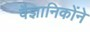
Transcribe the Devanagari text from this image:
वैज्ञानिकोंने